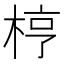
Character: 梈